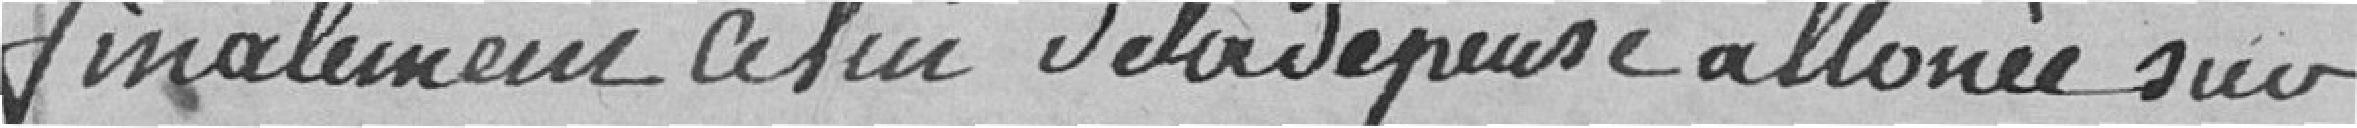
finalement celui de la dépense allouée sur